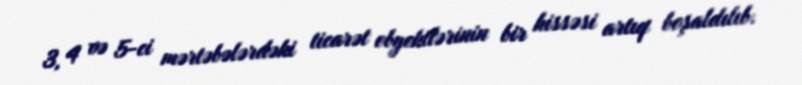
3, 4 və 5-ci mərtəbələrdəki ticarət obyektlərinin bir hissəsi artıq boşaldılıb.